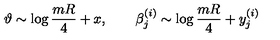
\vartheta \sim \log { \frac { m R } { 4 } } + x , \qquad \beta _ { j } ^ { ( i ) } \sim \log { \frac { m R } { 4 } } + y _ { j } ^ { ( i ) }